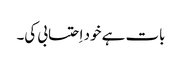
بات ہے خود اِحتسابی کی۔